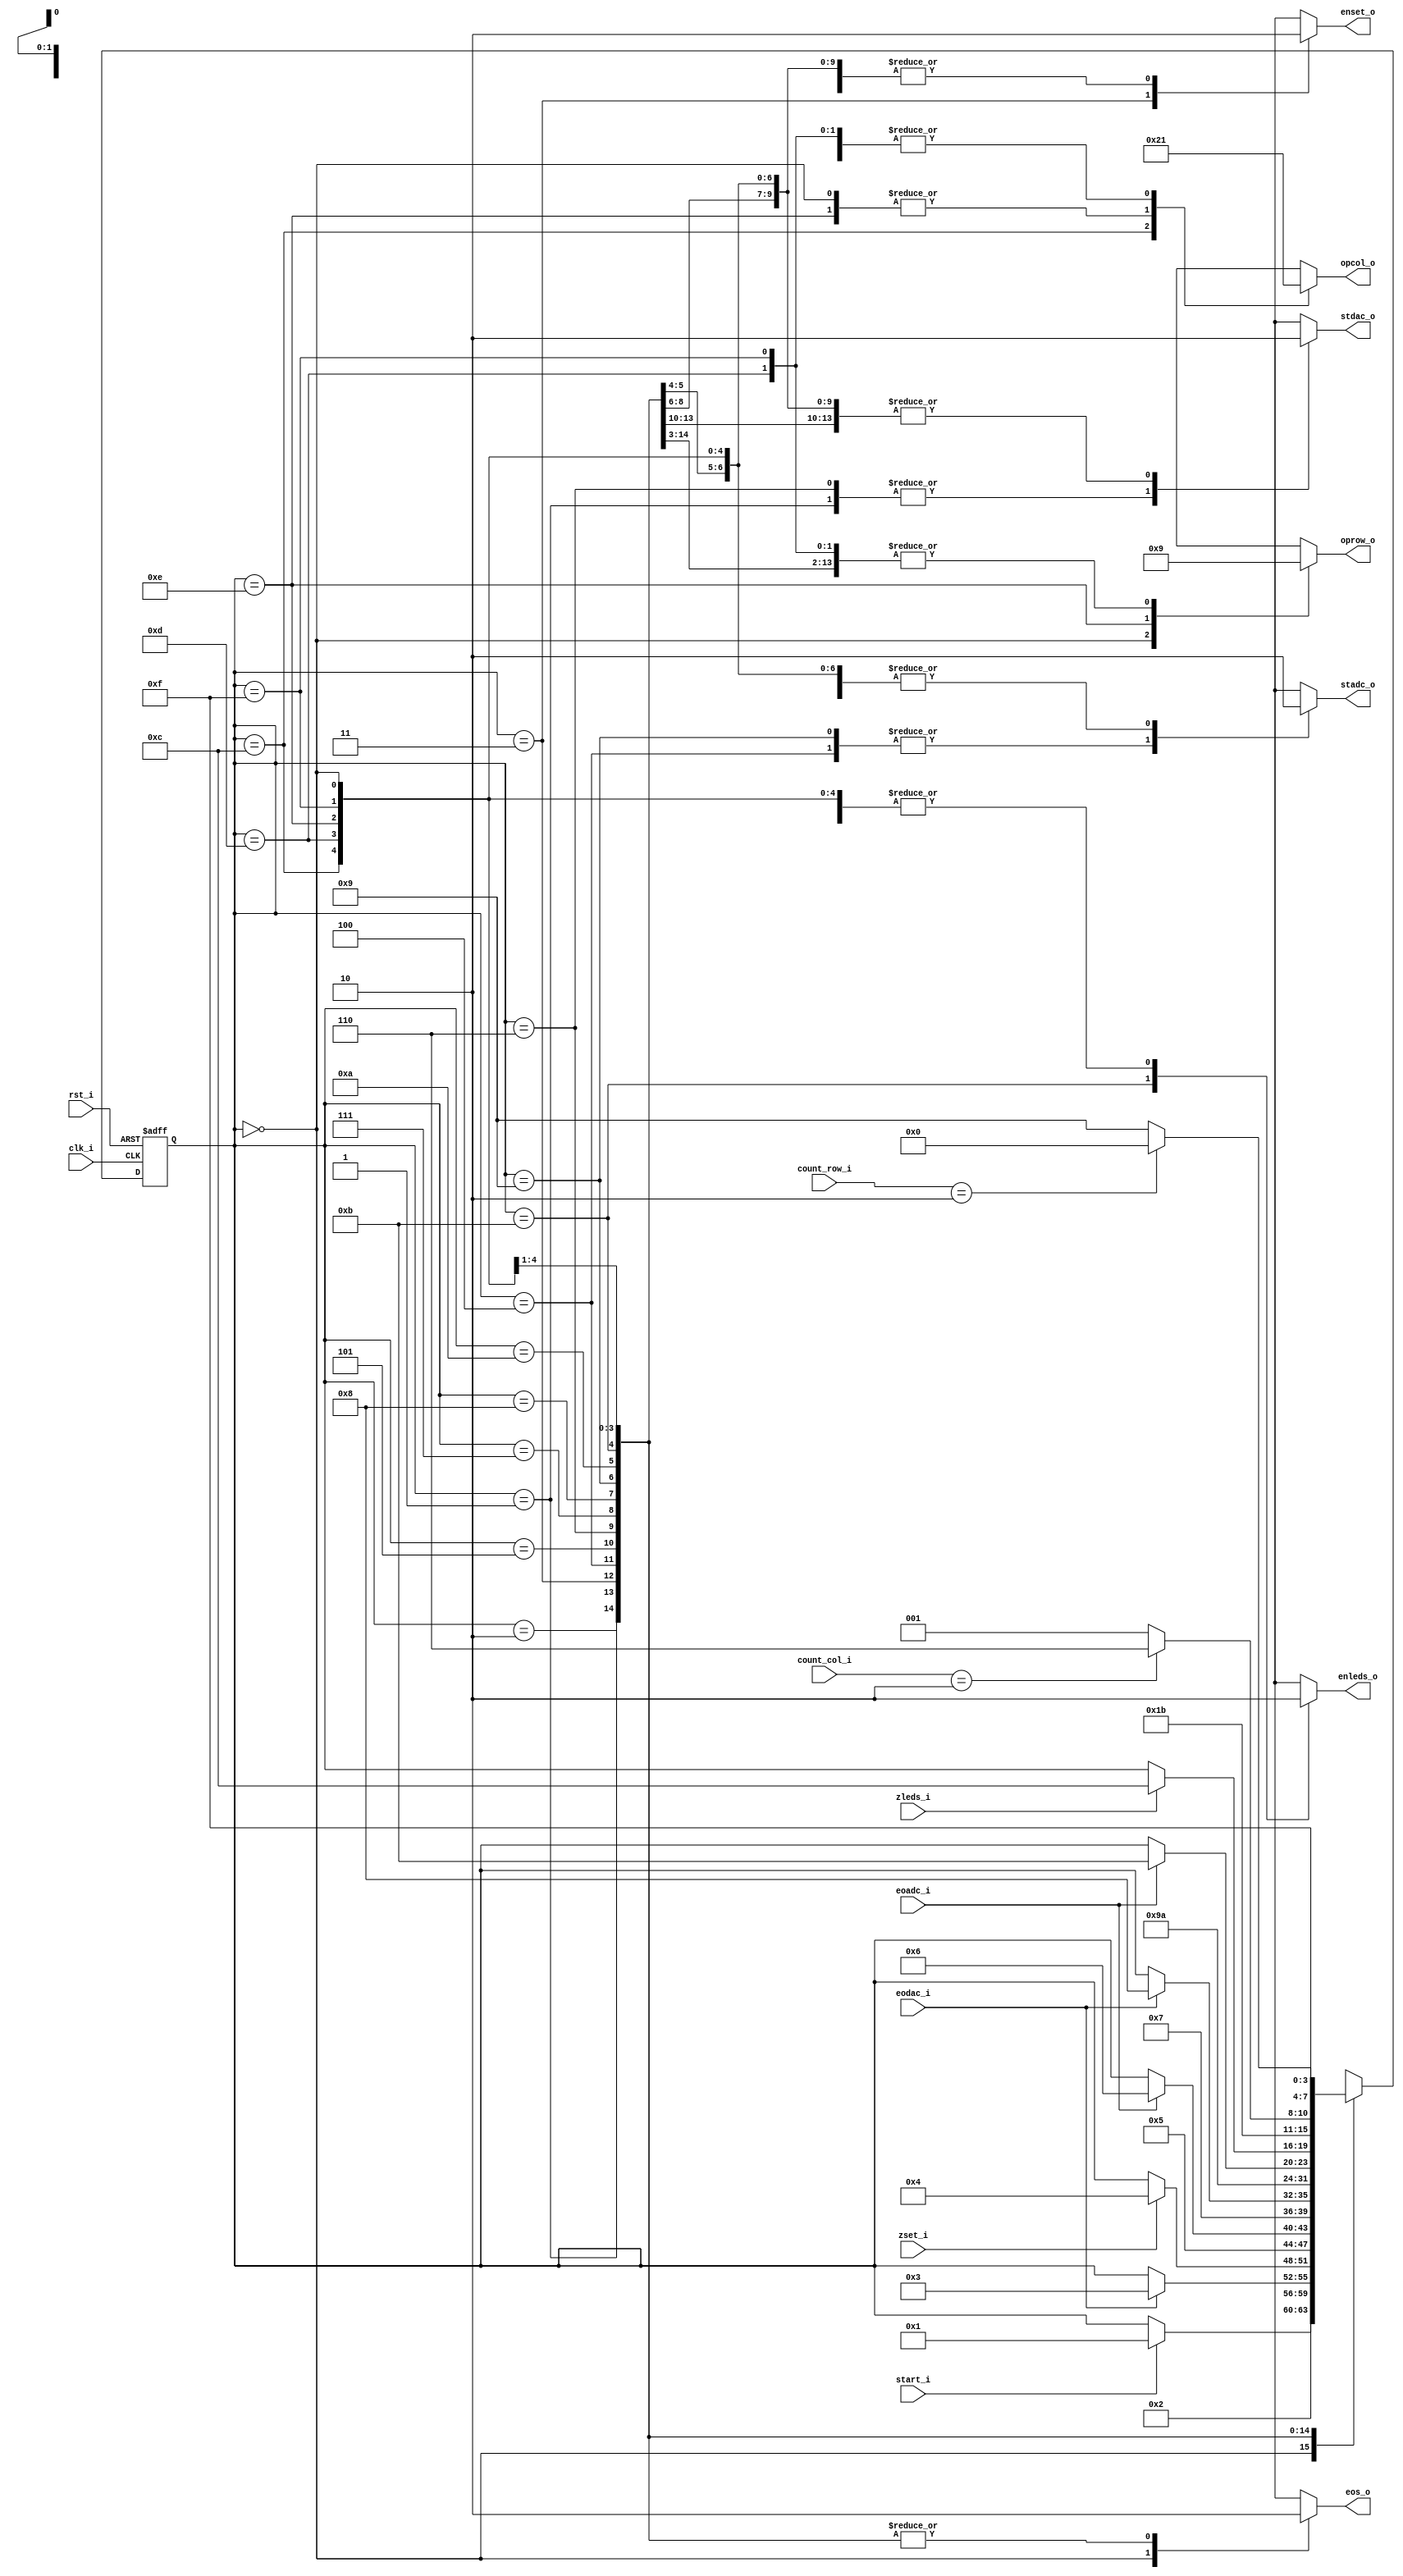
// Name: .v
//
// Description:

module fsm_nxm_matrix_1val (
  input             rst_i,
  input             clk_i,
  input             start_i,
  input             eodac_i,
  input             eoadc_i,
  input             zset_i,
  input             zleds_i,
  input       [1:0] count_row_i,
  input       [1:0] count_col_i,
  output reg        stdac_o,
  output reg        stadc_o,
  output reg        enset_o,
  output reg        enleds_o,
  output reg  [1:0] oprow_o,
  output reg  [1:0] opcol_o,
  output reg        eos_o
);

  localparam [3:0]  s0 = 4'b0000,
                    s1 = 4'b0001,
                    s2 = 4'b0010,
				    s3 = 4'b0011,
				    s4 = 4'b0100,
				    s5 = 4'b0101,
				    s6 = 4'b0110,
				    s7 = 4'b0111,
				    s8 = 4'b1000,
				    s9 = 4'b1001,
				   s10 = 4'b1010,
				   s11 = 4'b1011,
				   s12 = 4'b1100,
				   s13 = 4'b1101,
				   s14 = 4'b1110,
				   s15 = 4'b1111;

  reg [3:0] next_state, present_state;

  always @(start_i, eodac_i, eoadc_i, count_row_i, count_col_i, zset_i, zleds_i, present_state) begin
    stdac_o = 1'b0; stadc_o = 1'b0; enset_o = 1'b0; enleds_o = 1'b0; oprow_o = 2'b00; opcol_o = 2'b00; eos_o = 1'b1;
    next_state = present_state;
    case(present_state)
       s0: begin
             stdac_o = 1'b0; stadc_o = 1'b0; enset_o = 1'b0; enleds_o = 1'b0; oprow_o = 2'b00; opcol_o = 2'b00; eos_o = 1'b1;
             if (start_i)
               next_state = s1;
           end

       s1: begin
             stdac_o = 1'b1; stadc_o = 1'b0; enset_o = 1'b0; enleds_o = 1'b0; oprow_o = 2'b01; opcol_o = 2'b01; eos_o = 1'b0;
             next_state = s2;
           end

       s2: begin
             stdac_o = 1'b0; stadc_o = 1'b0; enset_o = 1'b0; enleds_o = 1'b0; oprow_o = 2'b01; opcol_o = 2'b01; eos_o = 1'b0;
             if (eodac_i)
               next_state = s3;
           end 

       s3: begin
             stdac_o = 1'b0; stadc_o = 1'b0; enset_o = 1'b1; enleds_o = 1'b0; oprow_o = 2'b01; opcol_o = 2'b01; eos_o = 1'b0;
             if (zset_i)
               next_state = s4;
           end

       s4: begin
             stdac_o = 1'b0; stadc_o = 1'b1; enset_o = 1'b0; enleds_o = 1'b0; oprow_o = 2'b01; opcol_o = 2'b01; eos_o = 1'b0;
             next_state = s5;
           end

       s5: begin
             stdac_o = 1'b0; stadc_o = 1'b0; enset_o = 1'b0; enleds_o = 1'b0; oprow_o = 2'b01; opcol_o = 2'b01; eos_o = 1'b0;
             if (eoadc_i)
			   next_state = s6;
           end

// Fin de secuencia dummie

       s6: begin
             stdac_o = 1'b1; stadc_o = 1'b0; enset_o = 1'b0; enleds_o = 1'b0; oprow_o = 2'b01; opcol_o = 2'b01; eos_o = 1'b0;
             next_state = s7;
           end

       s7: begin
             stdac_o = 1'b0; stadc_o = 1'b0; enset_o = 1'b0; enleds_o = 1'b0; oprow_o = 2'b01; opcol_o = 2'b01; eos_o = 1'b0;
             if (eodac_i)
               next_state = s8;
           end		  

       s8: begin
             stdac_o = 1'b0; stadc_o = 1'b0; enset_o = 1'b0; enleds_o = 1'b0; oprow_o = 2'b01; opcol_o = 2'b01; eos_o = 1'b0;
             next_state = s9;
           end	

       s9: begin
             stdac_o = 1'b0; stadc_o = 1'b1; enset_o = 1'b0; enleds_o = 1'b0; oprow_o = 2'b01; opcol_o = 2'b01; eos_o = 1'b0;
             next_state = s10;
           end	

       s10: begin
             stdac_o = 1'b0; stadc_o = 1'b0; enset_o = 1'b0; enleds_o = 1'b0; oprow_o = 2'b01; opcol_o = 2'b01; eos_o = 1'b0;
             if (eoadc_i)
               next_state = s11;
           end

       s11: begin
             stdac_o = 1'b0; stadc_o = 1'b0; enset_o = 1'b0; enleds_o = 1'b1; oprow_o = 2'b01; opcol_o = 2'b01; eos_o = 1'b0;
             if (zleds_i)
               next_state = s12;
           end

       s12: begin
             stdac_o = 1'b0; stadc_o = 1'b0; enset_o = 1'b0; enleds_o = 1'b0; oprow_o = 2'b01; opcol_o = 2'b10; eos_o = 1'b0;
             next_state = s13;
           end

       s13: begin
             stdac_o = 1'b0; stadc_o = 1'b0; enset_o = 1'b0; enleds_o = 1'b0; oprow_o = 2'b01; opcol_o = 2'b01; eos_o = 1'b0;
			 if (count_col_i == 2) begin
               next_state = s14;
			 end else begin
			   next_state = s9;
			 end
           end

       s14: begin
             stdac_o = 1'b0; stadc_o = 1'b0; enset_o = 1'b0; enleds_o = 1'b0; oprow_o = 2'b10; opcol_o = 2'b00; eos_o = 1'b0;
             next_state = s15;
           end

      s15: begin
            stdac_o = 1'b0; stadc_o = 1'b0; enset_o = 1'b0; enleds_o = 1'b0; oprow_o = 2'b01; opcol_o = 2'b01; eos_o = 1'b0;
			if (count_row_i == 2) begin
              next_state = s0;
			end else begin
			  next_state = s9;
			end
          end

      default:  begin
                  next_state = s0;
                end
    endcase
  end   

  always @(posedge clk_i, posedge rst_i) begin
    if (rst_i)
      present_state <= s0;
    else
      present_state <= next_state;
  end
  
endmodule